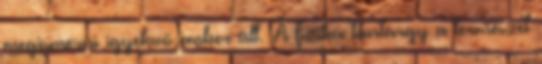
megismerni igyekvő ember áll. A fizika tantárgy a természet